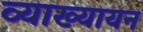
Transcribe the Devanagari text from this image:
व्याख्यायन